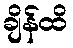
ချိန်ထိ